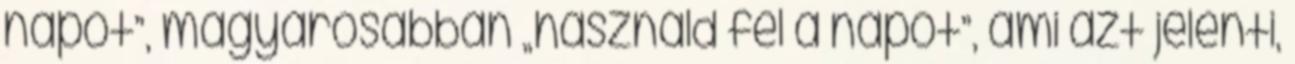
napot”, magyarosabban „használd fel a napot”, ami azt jelenti,